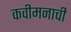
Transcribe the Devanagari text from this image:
कवीमनाची